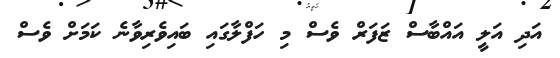
އަދި އަލީ އައްބާސް ޒަފަރް ވެސް މި ހަފްލާގައި ބައިވެރިވާނެ ކަމަށް ވެސް